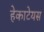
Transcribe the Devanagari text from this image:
हेकाटेयस